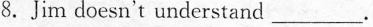
8.Jim doesn't understand___.